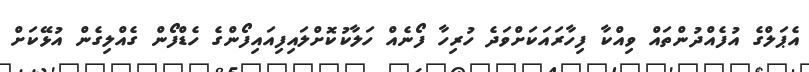
އެޕަލްގެ އުފެއްދުންތައް ވިއްކާ ފިހާރައަކަށްވަދެ ހުރިހާ ފޯނެއް ހަލާކުކޮށްލައިފިއައިފޯންގެ ހެޑްފޯން ގެއްލިގެން އުޅޭކަށް